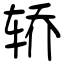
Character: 轿